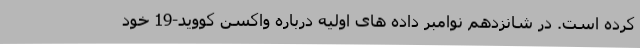
کرده است. در شانزدهم نوامبر داده های اولیه درباره واکسن کووید-19 خود